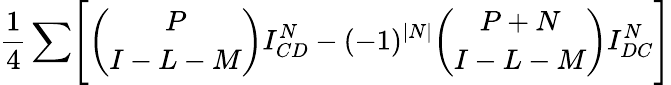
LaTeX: {\frac{1}{4}}\sum\Biggl[{\binom{P}{I-L-M}}I_{CD}^{N}-(-1)^{\vert N\vert}{\binom{P+N}{I-L-M}}I_{DC}^{N}\Biggr]